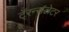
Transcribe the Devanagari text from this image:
टॅ्रन्सलेटर